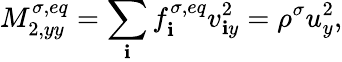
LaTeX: M_{2,yy}^{\sigma,eq}=\sum_{\mathbf{i}}f_{\mathbf{i}}^{\sigma,eq}v_{\mathbf{i}y}^{2}=\rho^{\sigma}u_{y}^{2},